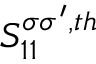
S _ { 1 1 } ^ { \sigma \sigma ^ { \prime } , t h }